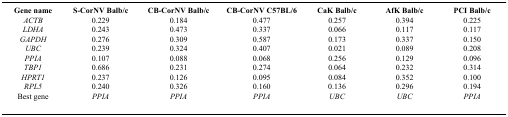
<table><thead><tr><td><b>Gene name</b></td><td><b>S-CorNV Balb/c</b></td><td><b>CB-CorNV Balb/c</b></td><td><b>CB-CorNV C57BL/6</b></td><td><b>CaK Balb/c</b></td><td><b>AfK Balb/c</b></td><td><b>PCI Balb/c</b></td></tr></thead><tbody><tr><td><i>ACTB</i></td><td>0.229</td><td>0.184</td><td>0.477</td><td>0.257</td><td>0.394</td><td>0.225</td></tr><tr><td><i>LDHA</i></td><td>0.243</td><td>0.473</td><td>0.337</td><td>0.066</td><td>0.117</td><td>0.117</td></tr><tr><td><i>GAPDH</i></td><td>0.276</td><td>0.309</td><td>0.587</td><td>0.173</td><td>0.337</td><td>0.150</td></tr><tr><td><i>UBC</i></td><td>0.239</td><td>0.324</td><td>0.407</td><td>0.021</td><td>0.089</td><td>0.208</td></tr><tr><td><i>PPIA</i></td><td>0.107</td><td>0.088</td><td>0.068</td><td>0.256</td><td>0.129</td><td>0.096</td></tr><tr><td><i>TBP1</i></td><td>0.686</td><td>0.231</td><td>0.274</td><td>0.064</td><td>0.232</td><td>0.314</td></tr><tr><td><i>HPRT1</i></td><td>0.237</td><td>0.126</td><td>0.095</td><td>0.084</td><td>0.352</td><td>0.100</td></tr><tr><td><i>RPL5</i></td><td>0.240</td><td>0.326</td><td>0.160</td><td>0.136</td><td>0.296</td><td>0.194</td></tr><tr><td>Best gene</td><td><i>PPIA</i></td><td><i>PPIA</i></td><td><i>PPIA</i></td><td><i>UBC</i></td><td><i>UBC</i></td><td><i>PPIA</i></td></tr></tbody></table>